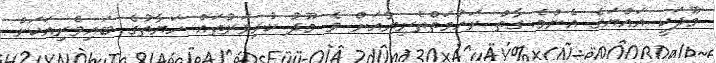
މޫދަކީ އައްޔަގެ އެންމެ ގާތް ރަހުމަތްތެރިޔާއަށް ވެ މޫދު ކުޅިވަރުތައް ހަޔާތުގެ ބައިވެރިއަކަށް